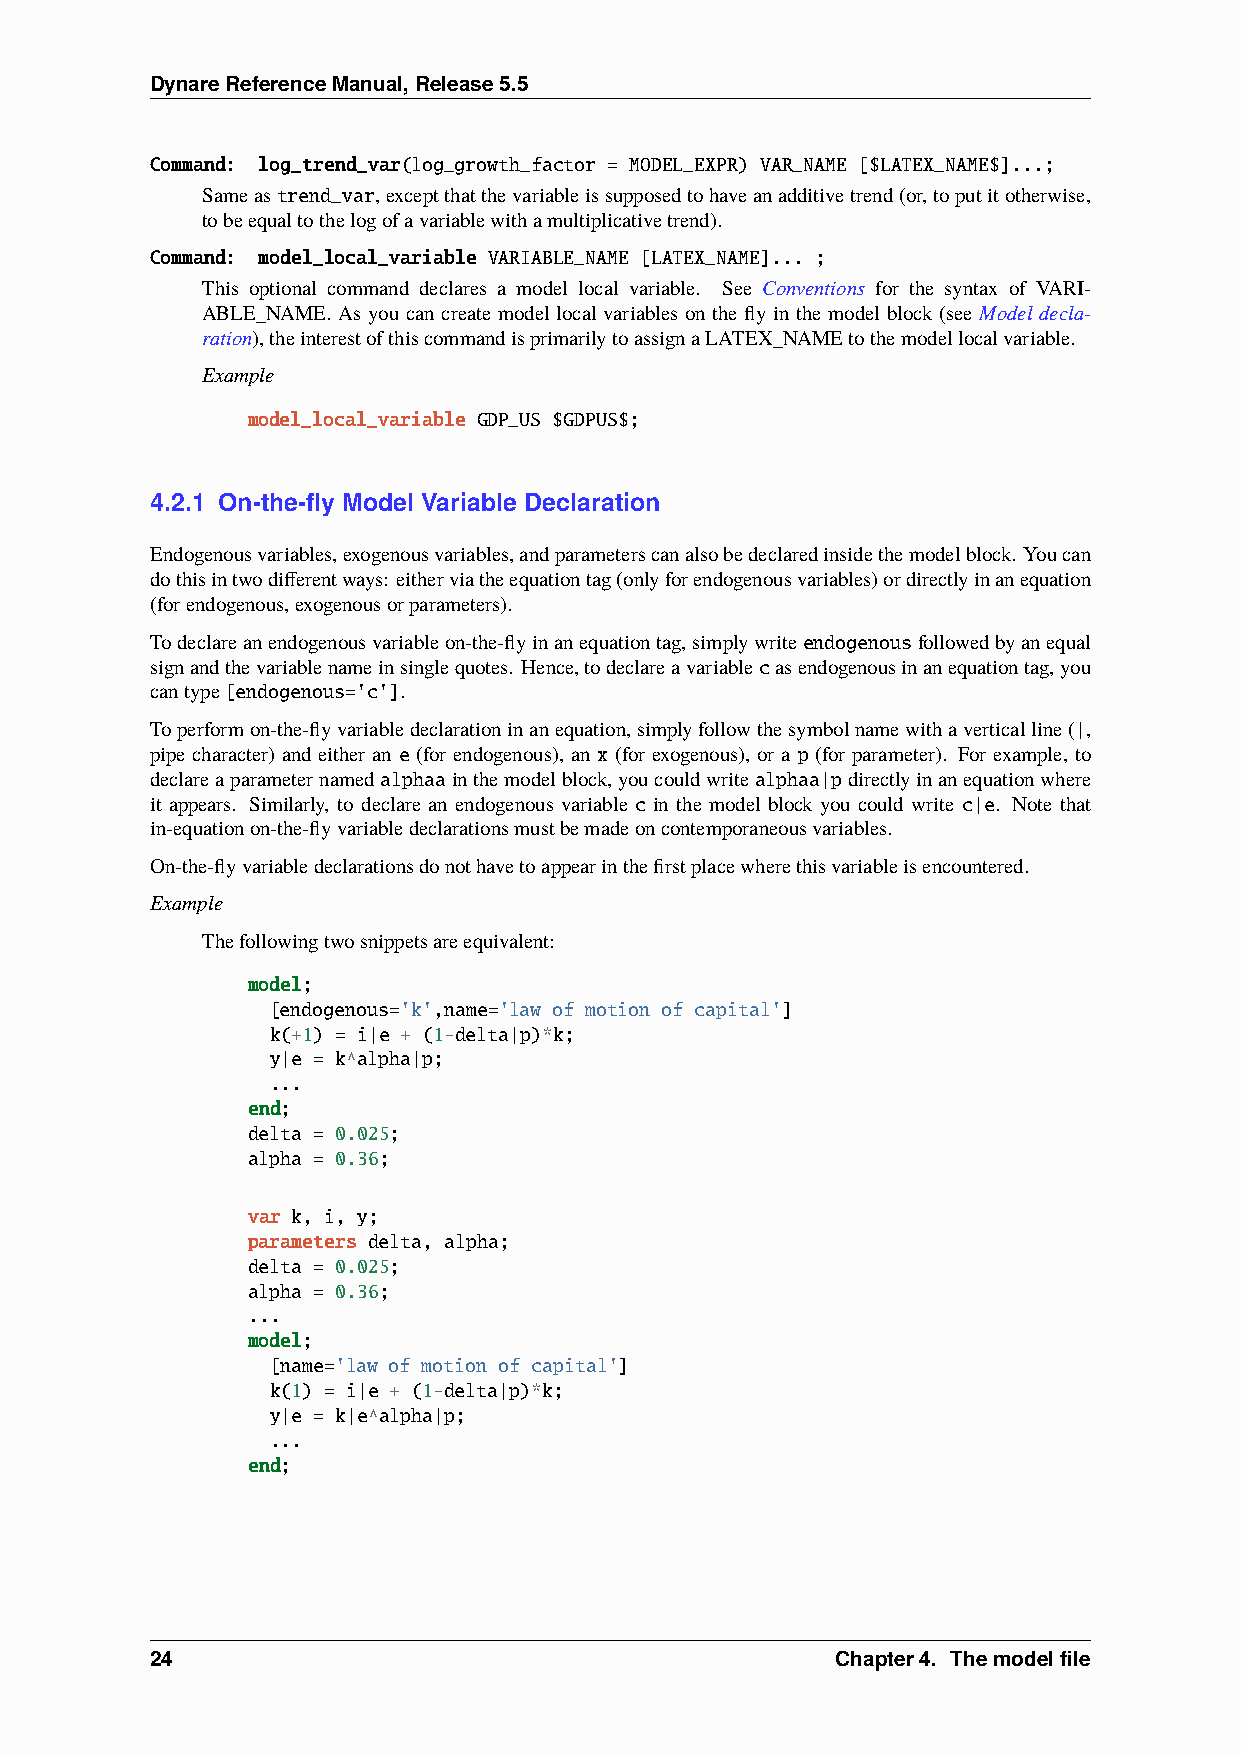
DynareReferenceManual,Release5.5
 Command: log_trend_var(log_growth_factor = MODEL_EXPR) VAR_NAME [$LATEX_NAME$]...;
 Sameastrend_var,exceptthatthevariableissupposedtohaveanadditivetrend(or,toputitotherwise,
 tobeequaltothelogofavariablewithamultiplicativetrend).
 Command: model_local_variable VARIABLE_NAME [LATEX_NAME]... ;
 This optional command declares a model local variable. See Conventions for the syntax of VARI-
 ABLE_NAME. As you can create model local variables on the fly in the model block (see Model decla-
 ration),theinterestofthiscommandisprimarilytoassignaLATEX_NAMEtothemodellocalvariable.
 Example
 model_local_variable GDP_US $GDPUS$;
 4.2.1 On-the-fly Model Variable Declaration
 Endogenousvariables,exogenousvariables,andparameterscanalsobedeclaredinsidethemodelblock. Youcan
 dothisintwodifferentways: eitherviatheequationtag(onlyforendogenousvariables)ordirectlyinanequation
 (forendogenous,exogenousorparameters).
 Todeclareanendogenousvariableon-the-flyinanequationtag,simplywriteendogenousfollowedbyanequal
 signandthevariablenameinsinglequotes. Hence,todeclareavariablecasendogenousinanequationtag,you
 cantype[endogenous='c'].
 Toperformon-the-flyvariabledeclarationinanequation,simplyfollowthesymbolnamewithaverticalline(|,
 pipe character) and either an e (for endogenous), an x (for exogenous), or a p (for parameter). For example, to
 declareaparameternamedalphaainthemodelblock,youcouldwritealphaa|pdirectlyinanequationwhere
 it appears. Similarly, to declare an endogenous variable c in the model block you could write c|e. Note that
 in-equationon-the-flyvariabledeclarationsmustbemadeoncontemporaneousvariables.
 On-the-flyvariabledeclarationsdonothavetoappearinthefirstplacewherethisvariableisencountered.
 Example
 Thefollowingtwosnippetsareequivalent:
 model;
 [endogenous='k',name='law of motion of capital']
 k(+1) = i|e + (1-delta|p)*k;
 y|e = k^alpha|p;
 ...
 end;
 delta = 0.025;
 alpha = 0.36;
 var k, i, y;
 parameters delta, alpha;
 delta = 0.025;
 alpha = 0.36;
 ...
 model;
 [name='law of motion of capital']
 k(1) = i|e + (1-delta|p)*k;
 y|e = k|e^alpha|p;
 ...
 end;
 24                                           Chapter4. Themodelfile